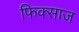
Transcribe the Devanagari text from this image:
फिक्साज